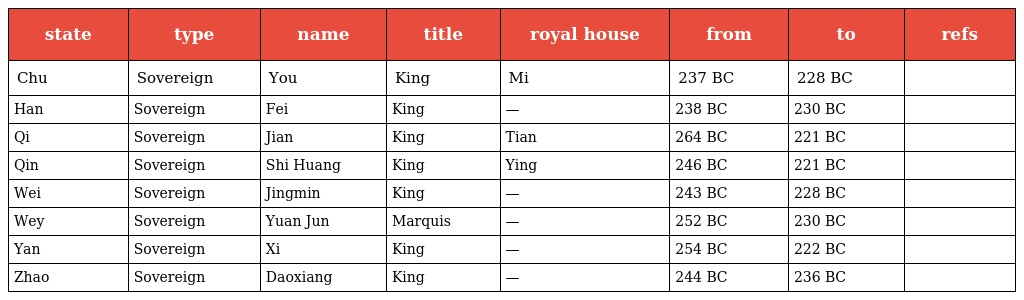
| state | type | name | title | royal house | from | to | refs |
 | --- | --- | --- | --- | --- | --- | --- | --- |
 | Chu | Sovereign | You | King | Mi | 237 BC | 228 BC |  |
 | Han | Sovereign | Fei | King | — | 238 BC | 230 BC |  |
 | Qi | Sovereign | Jian | King | Tian | 264 BC | 221 BC |  |
 | Qin | Sovereign | Shi Huang | King | Ying | 246 BC | 221 BC |  |
 | Wei | Sovereign | Jingmin | King | — | 243 BC | 228 BC |  |
 | Wey | Sovereign | Yuan Jun | Marquis | — | 252 BC | 230 BC |  |
 | Yan | Sovereign | Xi | King | — | 254 BC | 222 BC |  |
 | Zhao | Sovereign | Daoxiang | King | — | 244 BC | 236 BC |  |